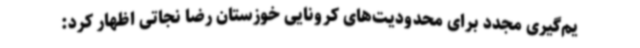
یم‌گیری مجدد برای محدودیت‌های کرونایی خوزستان رضا نجاتی اظهار کرد: